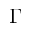
\Gamma